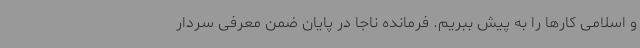
و اسلامی کارها را به پیش ببریم. فرمانده ناجا در پایان ضمن معرفی سردار